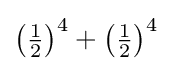
\left({\tfrac {1}{2}}\right)^{4}+\left({\tfrac {1}{2}}\right)^{4}